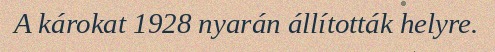
A károkat 1928 nyarán állították helyre.